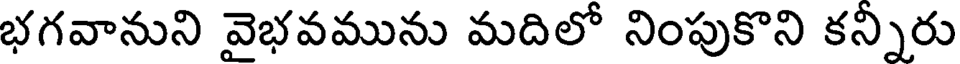
భగవానుని వైభవమును మదిలో నింపుకొని కన్నిరు